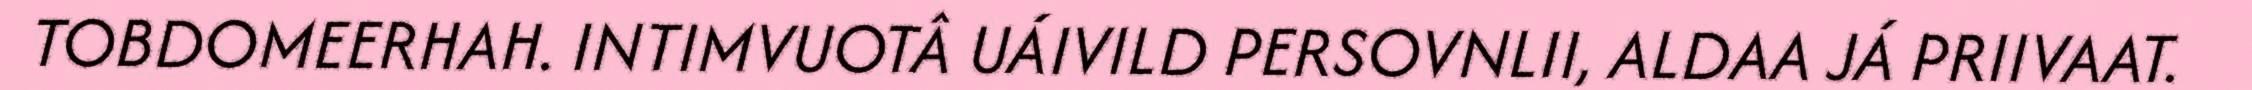
TOBDOMEERHAH. INTIMVUOTÂ UÁIVILD PERSOVNLII, ALDAA JÁ PRIIVAAT.